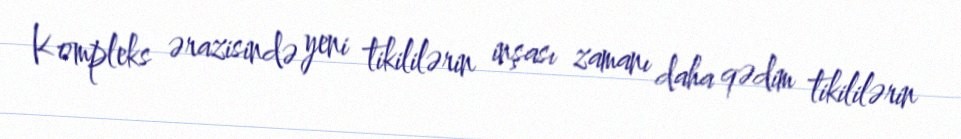
Kompleks ərazisində yeni tikililərin inşası zamanı daha qədim tikililərin